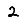
Digit: 2